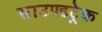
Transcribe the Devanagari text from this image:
साउण्डट्रेक